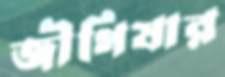
জীগিষার